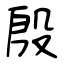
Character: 殷